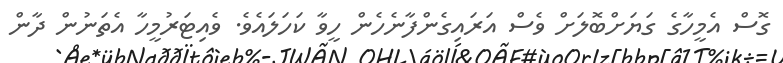
ގޮސް އެމީހާގެ ގަޔަށްބޮލަށް ވެސް އަރައިގެންފާނެހެން ހީވާ ކަހަލައެވެ. ވެއިޓަރުމީހާ އެތަނުން ދާން